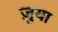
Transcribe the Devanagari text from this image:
ज़ुया